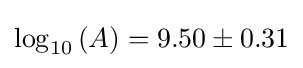
\log _{10}{(A)}=9.50\pm 0.31